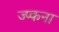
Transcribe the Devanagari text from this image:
ज्प्कना